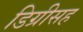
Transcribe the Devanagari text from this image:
डिग्रीसह